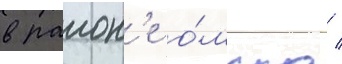
в раион'е о́мска /